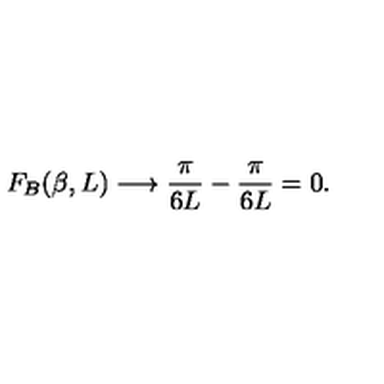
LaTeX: F _ { B } ( \beta , L ) \longrightarrow \frac { \pi } { 6 L } - \frac { \pi } { 6 L } = 0 .